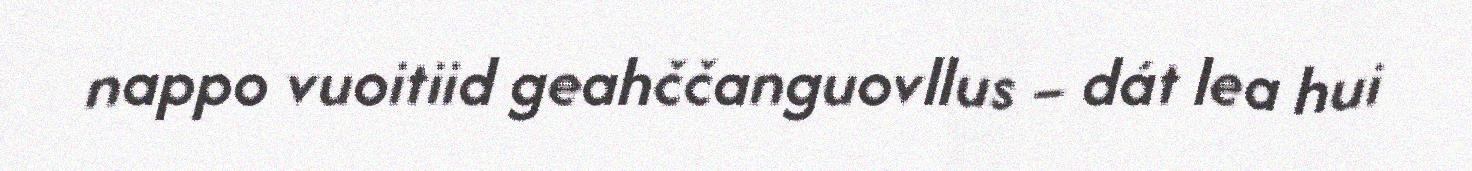
nappo vuoitiid geahččanguovllus – dát lea hui